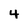
Character: 4